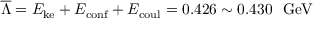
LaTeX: \overline { { { \Lambda } } } = E _ { \mathrm { k e } } + E _ { \mathrm { c o n f } } + E _ { \mathrm { c o u l } } = 0 . 4 2 6 \sim 0 . 4 3 0 ~ ~ \mathrm { G e V }